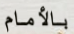
بالأمام